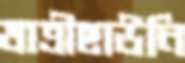
যাত্রীছাউনি